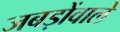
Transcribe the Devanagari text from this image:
जबड़ोंवाले